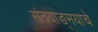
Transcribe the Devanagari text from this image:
संतवाङ्‌मयाचे